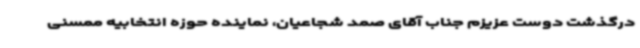
درگذشت دوست عزیزم جناب آقای صمد شجاعیان، نماینده حوزه انتخابیه ممسنی